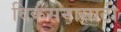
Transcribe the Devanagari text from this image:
विकसनासाठी